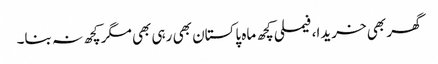
گھر بھی خریدا، فیملی کچھ ماہ پاکستان بھی رہی بھی مگر کچھ نہ بنا۔